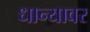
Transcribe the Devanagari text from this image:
धान्यावर